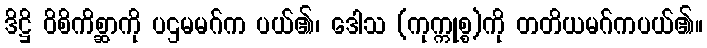
ဒိဋ္ဌိ ဝိစိကိစ္ဆာကို ပဌမမဂ်က ပယ်၏၊ ဒေါသ (ကုက္ကုစ္စ)ကို တတိယမဂ်ကပယ်၏။